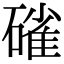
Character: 𮀿